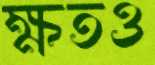
ক্ষতও